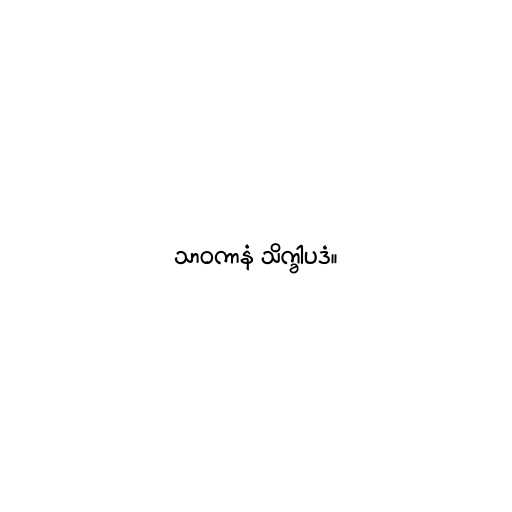
သာဝကာနံ သိက္ခါပဒံ။